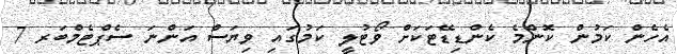
އެހެން ކަމުން ކޮންމެ ކެންޑިޑޭޓަކަށް ވޯޓުލީ ކަމުގައި ވިޔަސް އަންނަ ސެޕްޓެމްބަރ 7